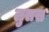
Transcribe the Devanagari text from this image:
लुसस